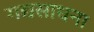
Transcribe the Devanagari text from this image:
गद्यसाधना